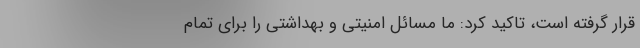
قرار گرفته است، تاکید کرد: ما مسائل امنیتی و بهداشتی را برای تمام